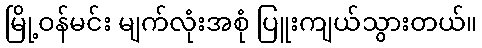
မြို့ဝန်မင်း မျက်လုံးအစုံ ပြူးကျယ်သွားတယ်။